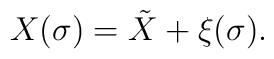
X(\sigma) =\tilde{X} + \xi (\sigma).